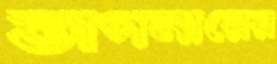
ভাগনারের